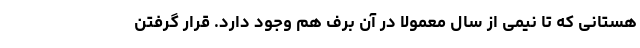
هستانی که تا نیمی از سال معمولاً در آن برف هم وجود دارد. قرار گرفتن